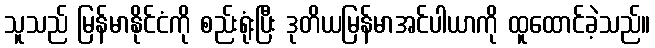
သူသည် မြန်မာနိုင်ငံကို စည်းရုံးပြီး ဒုတိယမြန်မာအင်ပါယာကို ထူထောင်ခဲ့သည်။